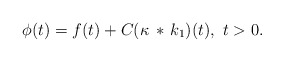
\begin{align*}\phi(t) = f(t) + C(\kappa\, *\, k_1)(t),\ t>0.\end{align*}